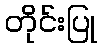
တိုင်းပြု